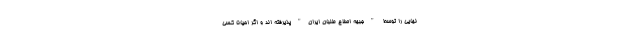
نهايي را توسط "جبهه اصلاح طلبان ايران"پذيرفته اند و اگر احيانا كسي